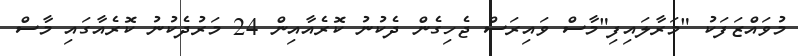
މުވައްޒަފަކު "މަރާލައިފި"މާސް ވައިރަސް ޖެހިގެން ދެކުނު ކޮރެއާއިން 24 މަރުދެކުނު ކޮރެއާގައި މާސް